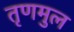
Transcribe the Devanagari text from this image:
तृणमुल